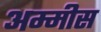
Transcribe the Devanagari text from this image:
अम्मीस